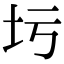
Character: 圬